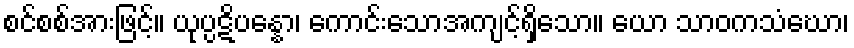
စင်စစ်အားဖြင့်။ ယုပ္ပဋိပန္နော၊ ကောင်းသောအကျင့်ရှိသော။ ယော သာဝကသံဃော၊